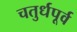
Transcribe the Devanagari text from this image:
चतुर्धपूर्व